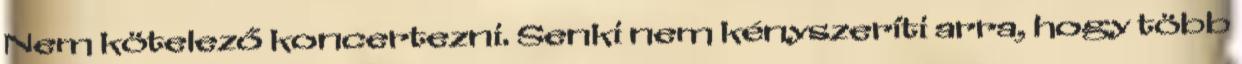
Nem kötelező koncertezni. Senki nem kényszerí­ti arra, hogy több